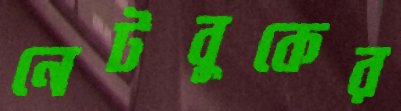
নেটবুকের